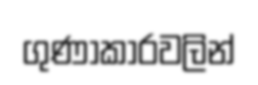
ගුණාකාරවලින්